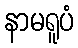
နာမရူပံ